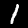
Digit: 1